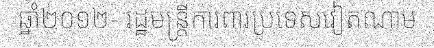
ឆ្នាំ២០១២- រដ្ឋមន្ត្រីការពារប្រទេសវៀតណាម